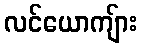
လင်ယောကျ်ား